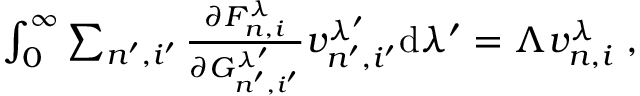
\begin{array} { r } { \int _ { 0 } ^ { \infty } \sum _ { n ^ { \prime } , i ^ { \prime } } \frac { \partial F _ { n , i } ^ { \lambda } } { \partial G _ { n ^ { \prime } , i ^ { \prime } } ^ { \lambda ^ { \prime } } } v _ { n ^ { \prime } , i ^ { \prime } } ^ { \lambda ^ { \prime } } \mathrm { d } \lambda ^ { \prime } = \Lambda v _ { n , i } ^ { \lambda } \; , } \end{array}